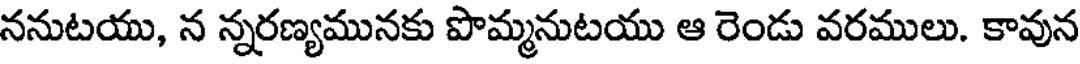
ననుటయు, న న్నరణ్యమునకు పొమ్మనుటయు ఆ రెండు వరములు. కావున